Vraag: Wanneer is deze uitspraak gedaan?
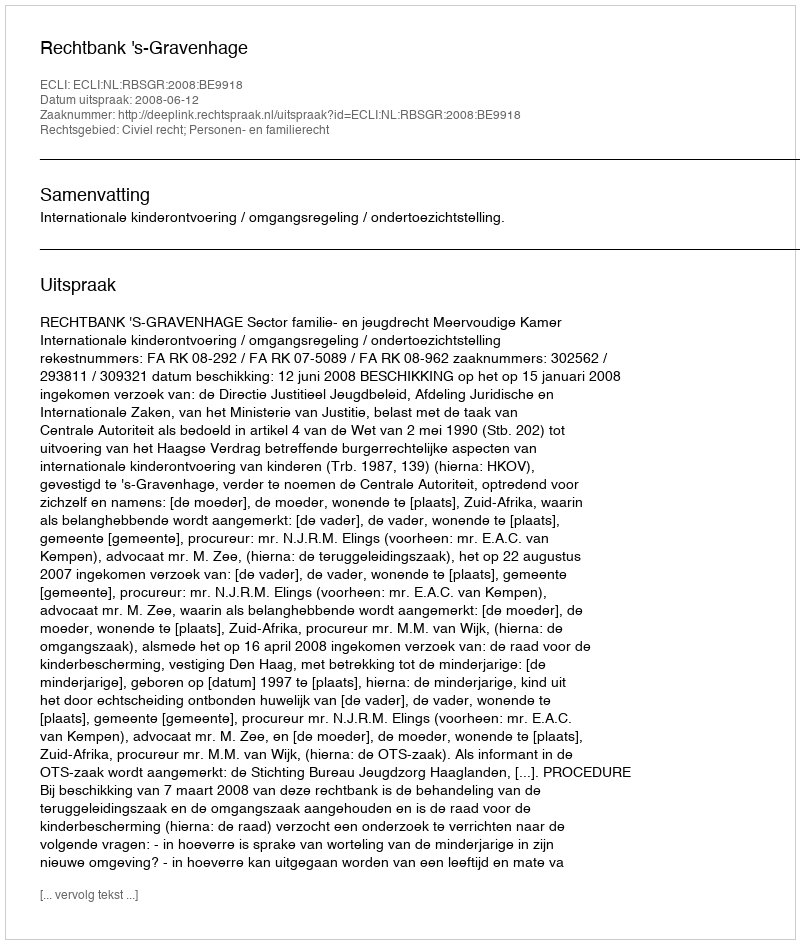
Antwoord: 2008-06-12